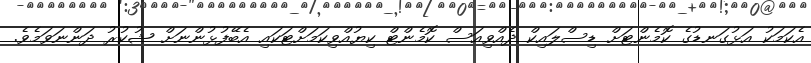
އެކަމަކު އަޅުގަނޑުގެ ކޮމެންޓަަށް ޑިސްލައިކް ދެއްވިއަސް ކޮމެންޓް ކިޔުއްވިކަމަށްޓަކައި އެބޭފުޅުންނަށް ޝުކުރު ދަންނަވަމެވެ.